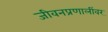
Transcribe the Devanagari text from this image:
जीवनप्रणालींवर